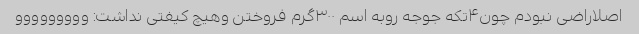
اصلاراضی نبودم چون۴تکه جوجه روبه اسم ۳۰۰گرم فروختن وهیچ کیفتی نداشت: ووووووووو